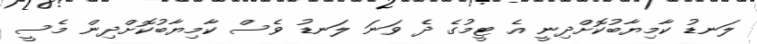
ލަނޑު ކާމިޔާބުކޮށްދިނީ އެ ޓީމުގެ ދެ ވަނަ ލަނޑު ވެސް ކާމިޔާބުކޮށްދިން މެސީ